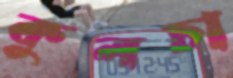
কুলচা